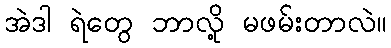
အဲဒါ ရဲတွေ ဘာလို့ မဖမ်းတာလဲ။